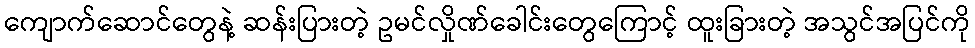
ကျောက်ဆောင်တွေနဲ့ ဆန်းပြားတဲ့ ဥမင်လှိုဏ်ခေါင်းတွေကြောင့် ထူးခြားတဲ့ အသွင်အပြင်ကို